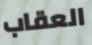
العقاب